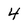
Character: 4